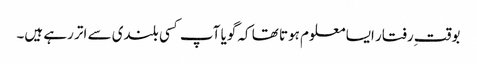
بوقت ِرفتار ایسا معلوم ہوتا تھا کہ گویا آپ کسی بلندی سے اتر رہے ہیں۔